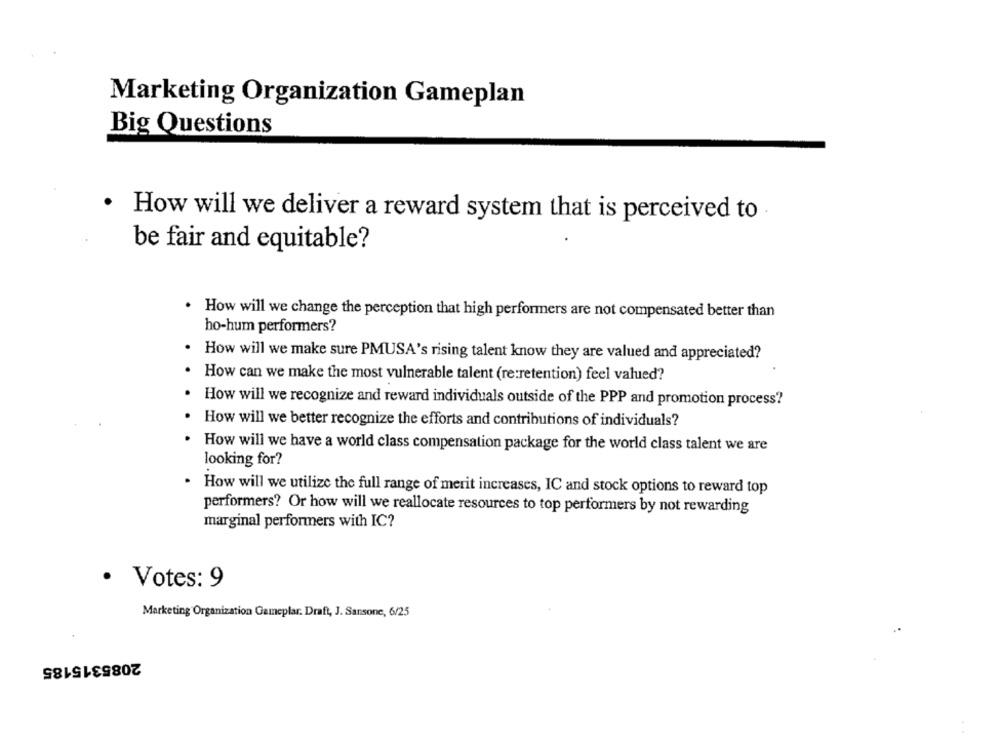
Marketing Organization Gameplan
Big Questions
How will we deliver a reward system that is perceived to
be fair and equitable?
. How will we change the perception that high performers are not compensated better than
ho-hum performers?
. How will we make sure PMUSA's rising talent know they are valued and appreciated?
. How can we make the most vulnerable talent (re:retention) feel valued?
How will we recognize and reward individuals outside of the PPP and promotion process?
How will we better recognize the efforts and contributions of individuals?
How will we have a world class compensation package for the world class talent we are
looking for?
. How will we utilize the full range of merit increases, IC and stock options to reward top
performers? Or how will we reallocate resources to top performers by not rewarding
marginal performers with IC?
· Votes: 9
Marketing Organization Gameplar. Draft, J. Sansone, 6/25
2085315185